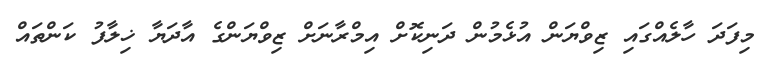
މިފަދަ ހާލެއްގައި ޒިވްޔަން އުޅެމުން ދަނިކޮށް އިމްރާނަށް ޒިވްޔަންގެ އާދަޔާ ޚިލާފު ކަންތައް